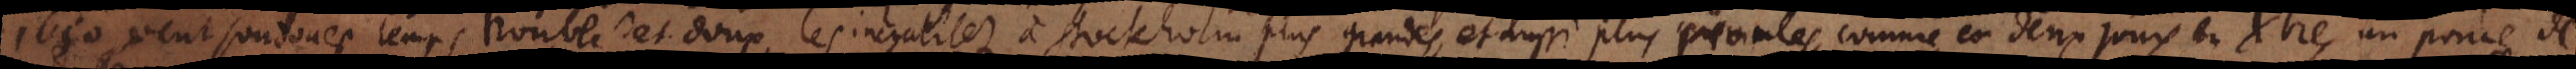
1650 vent soit d’ouest temps trouble et doux. Les inegalitez à Stockholm plus grandes, et aussi plus promptes, comme en deux jours en Xbre, un pouce de